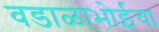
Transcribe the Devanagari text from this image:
वडाळाभोईचा